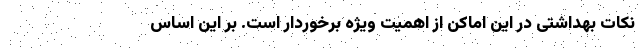
نکات بهداشتی در این اماکن از اهمیت ویژه برخوردار است. بر این اساس